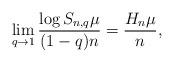
LaTeX: \begin{align*} \lim_{q\to 1} \frac{\log S_{n,q}\mu}{(1-q)n} = \frac{ H_n\mu}{n},\end{align*}